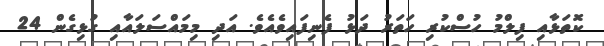
ކޮތަޅާއި ފިލްމު ހުސްކުރި ހަތަރު ދަޅު ފެނިފައިވެއެވެ. އަދި މިމައްސަލައާއި ގުޅިގެން 24